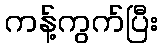
ကန့်ကွက်ပြီး